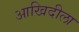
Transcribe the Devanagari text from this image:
आखिदीला